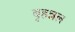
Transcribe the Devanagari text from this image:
बृहन्नल